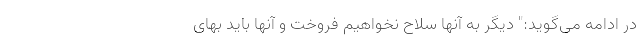
در ادامه می‌گوید:" دیگر به آنها سلاح نخواهیم فروخت و آنها باید بهای